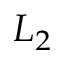
L _ { 2 }